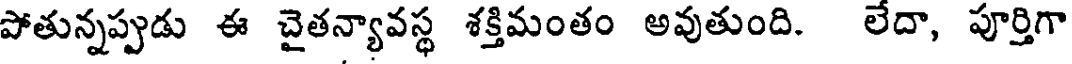
పోతున్నప్పుడు ఈ చైతన్యావస్థ శక్తిమంతం అవుతుంది. లేదా, పూర్తిగా